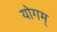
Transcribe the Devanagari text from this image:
योगम्